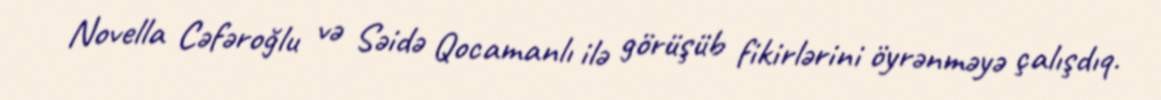
Novella Cəfəroğlu və Səidə Qocamanlı ilə görüşüb fikirlərini öyrənməyə çalışdıq.